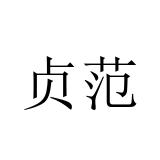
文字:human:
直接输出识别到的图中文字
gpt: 贞范